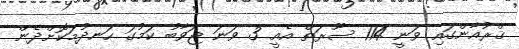
ޤްރުއާންގައި ވަނީ 114 ސޫރަތް އެއީ 3 ވަނަ ޖަވާބު ކަމުގަ ހަނދުމަކޮށްދެން